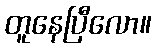
တူနေပြီလော။